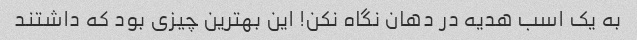
به یک اسب هدیه در دهان نگاه نکن! این بهترین چیزی بود که داشتند